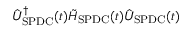
\hat { U } _ { \mathrm { S P D C } } ^ { \dagger } ( t ) \tilde { H } _ { \mathrm { S P D C } } ( t ) \hat { U } _ { \mathrm { S P D C } } ( t )